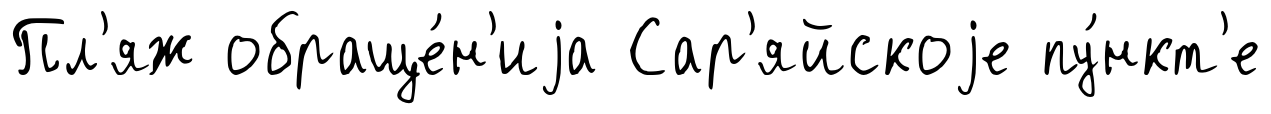
Пл'яж обраще́н'иjа Сар'яйскоjе пу́нкт'е